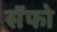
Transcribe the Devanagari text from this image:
सॅफो